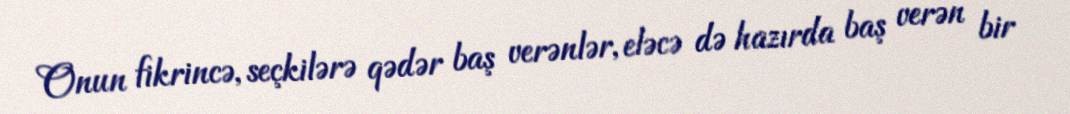
Onun fikrincə, seçkilərə qədər baş verənlər, eləcə də hazırda baş verən bir